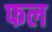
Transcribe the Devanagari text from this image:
फल